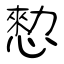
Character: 愸